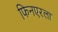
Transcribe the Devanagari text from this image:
फिनएरला